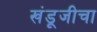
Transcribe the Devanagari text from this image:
खंडूजीचा